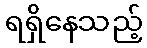
ရရှိနေသည့်